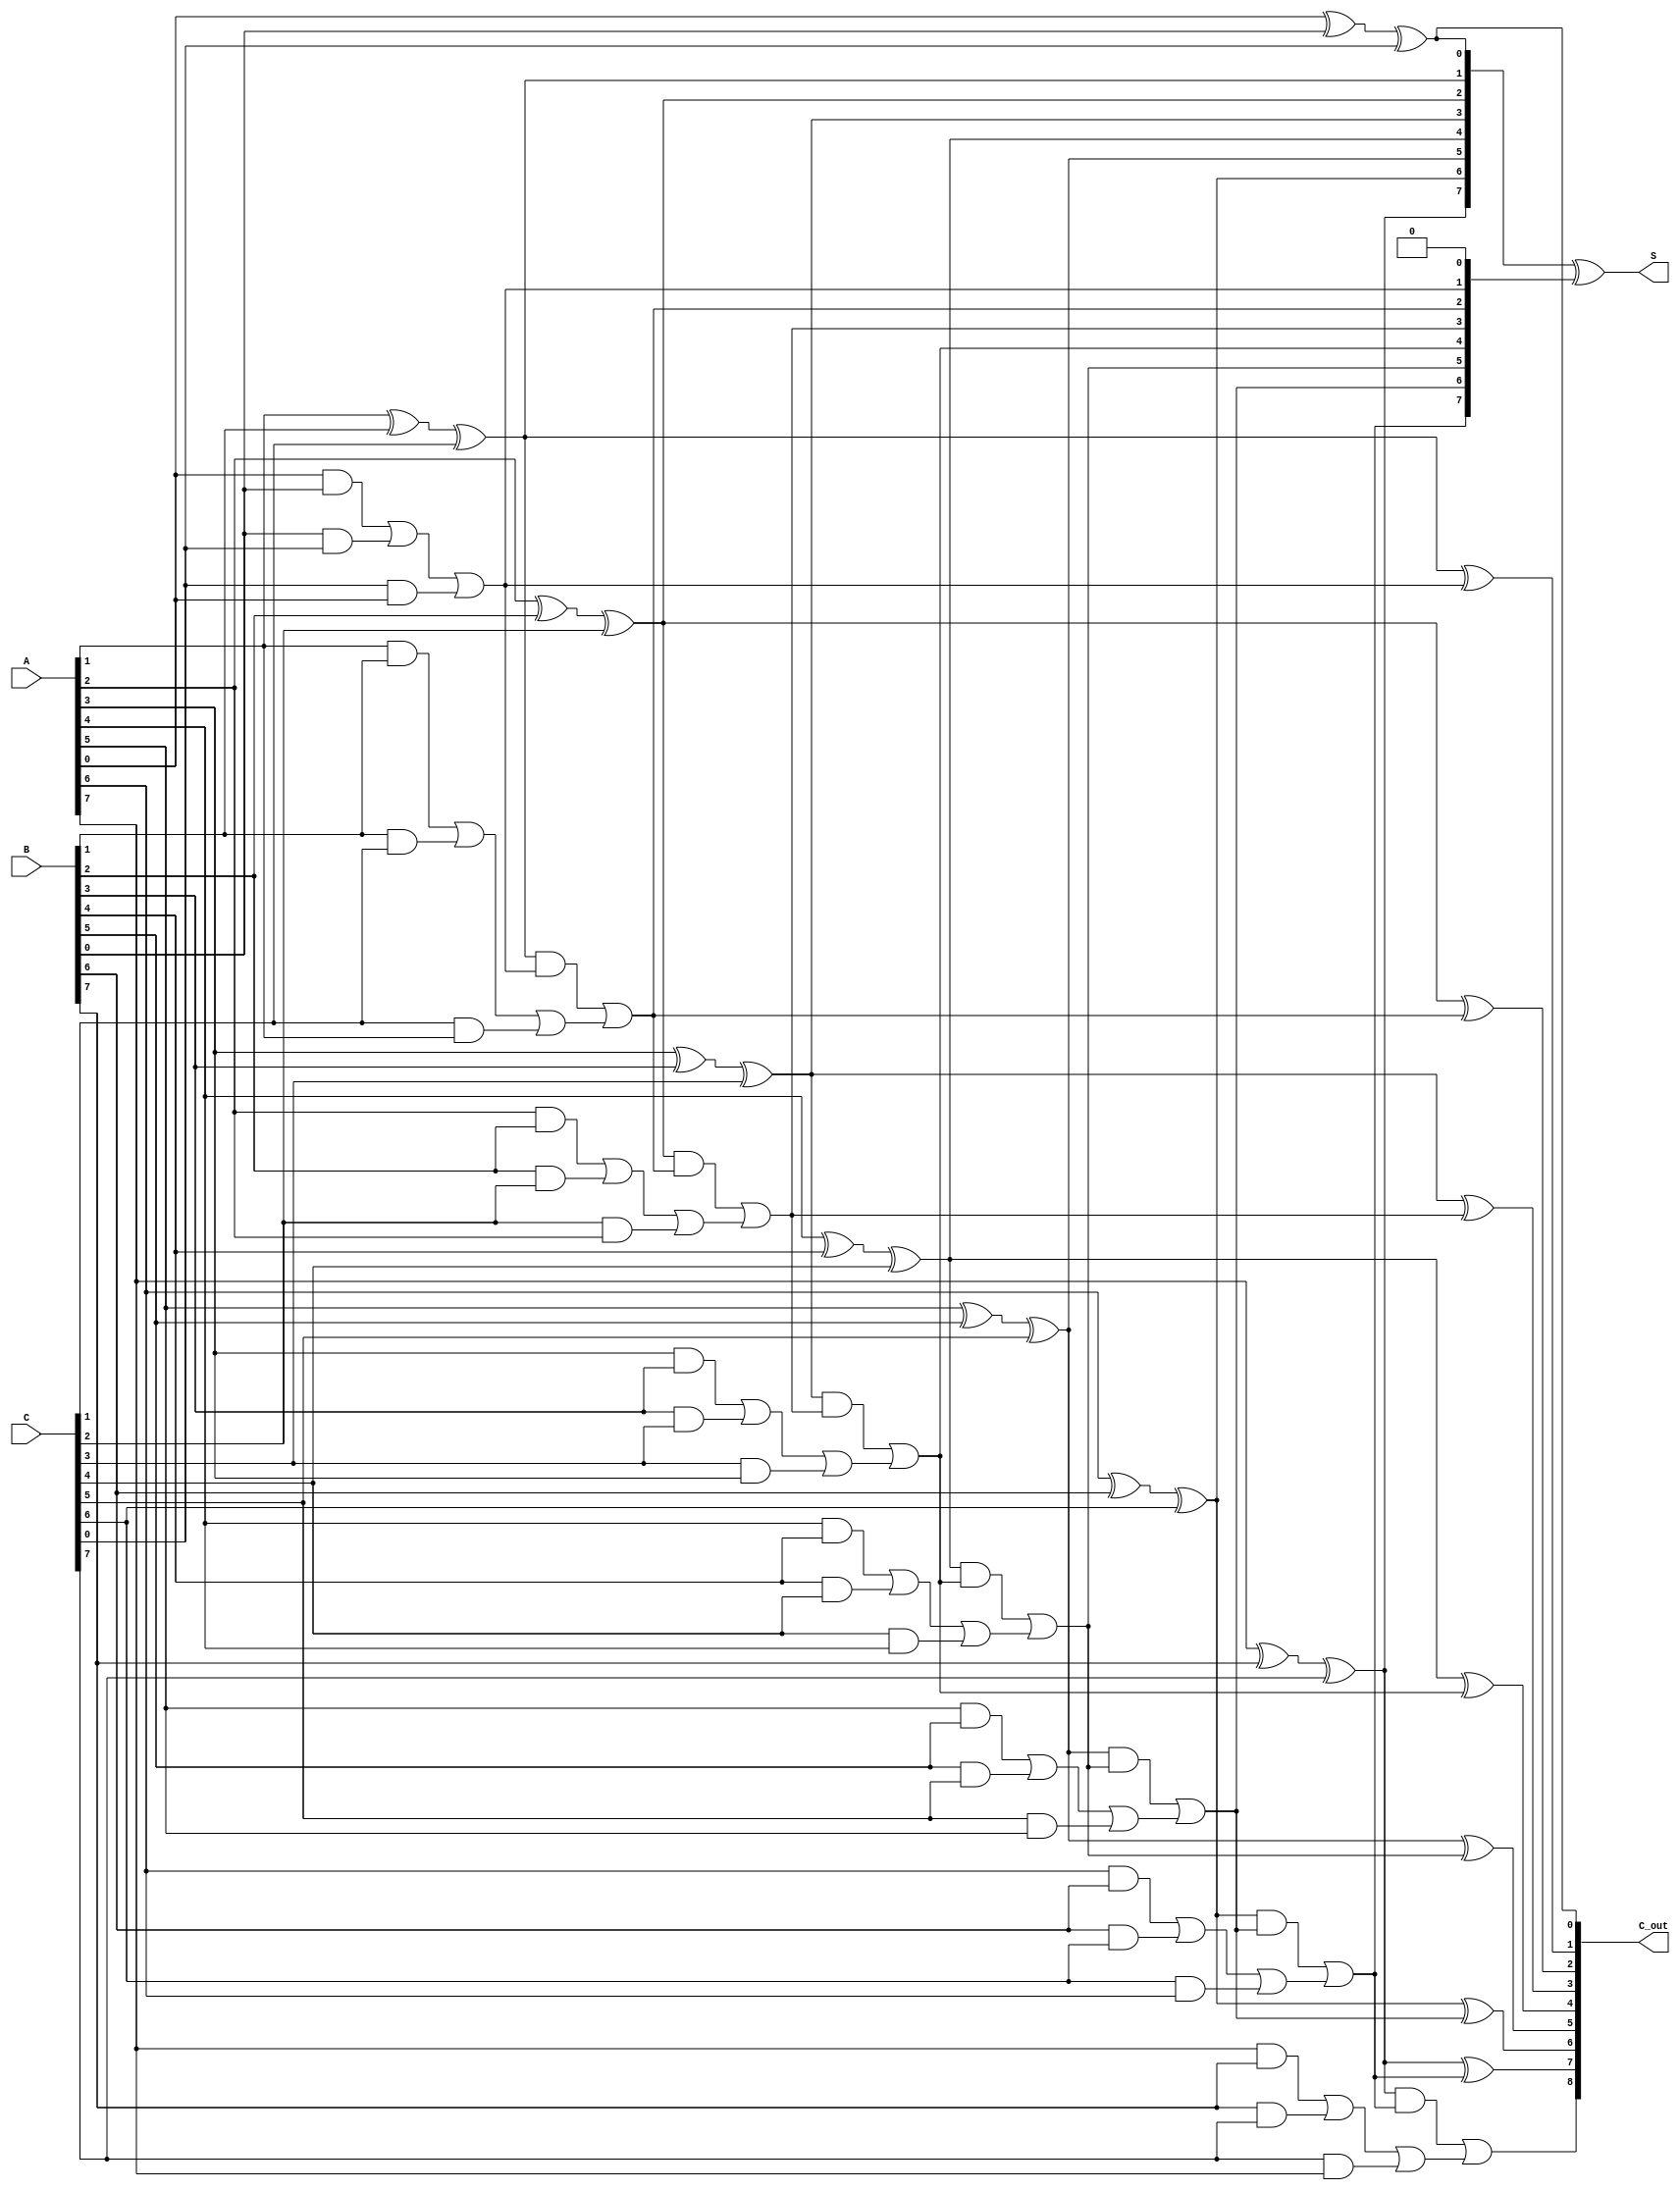
module CarrySaveAdder #(
    parameter N = 8  // Bit-width of the inputs
)(
    input  [N-1:0] A, // First input
    input  [N-1:0] B, // Second input
    input  [N-1:0] C, // Third input
    output [N-1:0] S, // Sum output
    output [N:0] C_out // Carry output
);
    wire [N-1:0] sum; // Intermediate sum from the carry save stage
    wire [N-1:0] carry; // Intermediate carry from the carry save stage

    // Carry Save Stage
    genvar i;
    generate
        for (i = 0; i < N; i = i + 1) begin : CSA
            assign sum[i] = A[i] ^ B[i] ^ C[i]; // Sum calculation using XOR
            assign carry[i] = (A[i] & B[i]) | (B[i] & C[i]) | (C[i] & A[i]); // Carry calculation
        end
    endgenerate

    // Carry Propagation Stage
    wire [N:0] carry_out; // Carry output for the carry propagation stage
    assign carry_out[0] = 0; // Initial carry input is 0

    generate
        for (i = 0; i < N; i = i + 1) begin : CPA
            assign C_out[i] = sum[i] ^ carry_out[i]; // Final sum bit with carry
            assign carry_out[i + 1] = (sum[i] & carry_out[i]) | carry[i]; // Propagating the carry
        end
    endgenerate

    // Final output assignments
    assign S = sum ^ carry_out[N-1:0]; // Final sum output
    assign C_out[N] = carry_out[N]; // Final carry output

endmodule